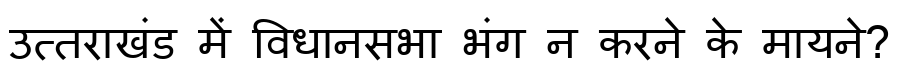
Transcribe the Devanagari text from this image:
उत्तराखंड में विधानसभा भंग न करने के मायने?